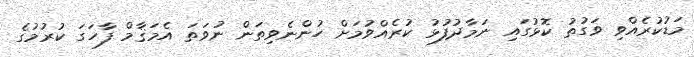
މަޑުކުރެއްވި ވަގުތު ކޮޅުގައި ނަމާދުފުޅު ކުރެއްވުމަށް ހުންނެވިތަން ނުވަތަ އެމަޤާމް ފާހަގަ ކުރުމުގެ